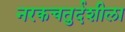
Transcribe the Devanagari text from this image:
नरकचतुर्दशीला